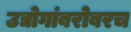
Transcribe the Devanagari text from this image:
उद्योगांबरोबरच